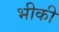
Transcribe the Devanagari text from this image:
भीकी